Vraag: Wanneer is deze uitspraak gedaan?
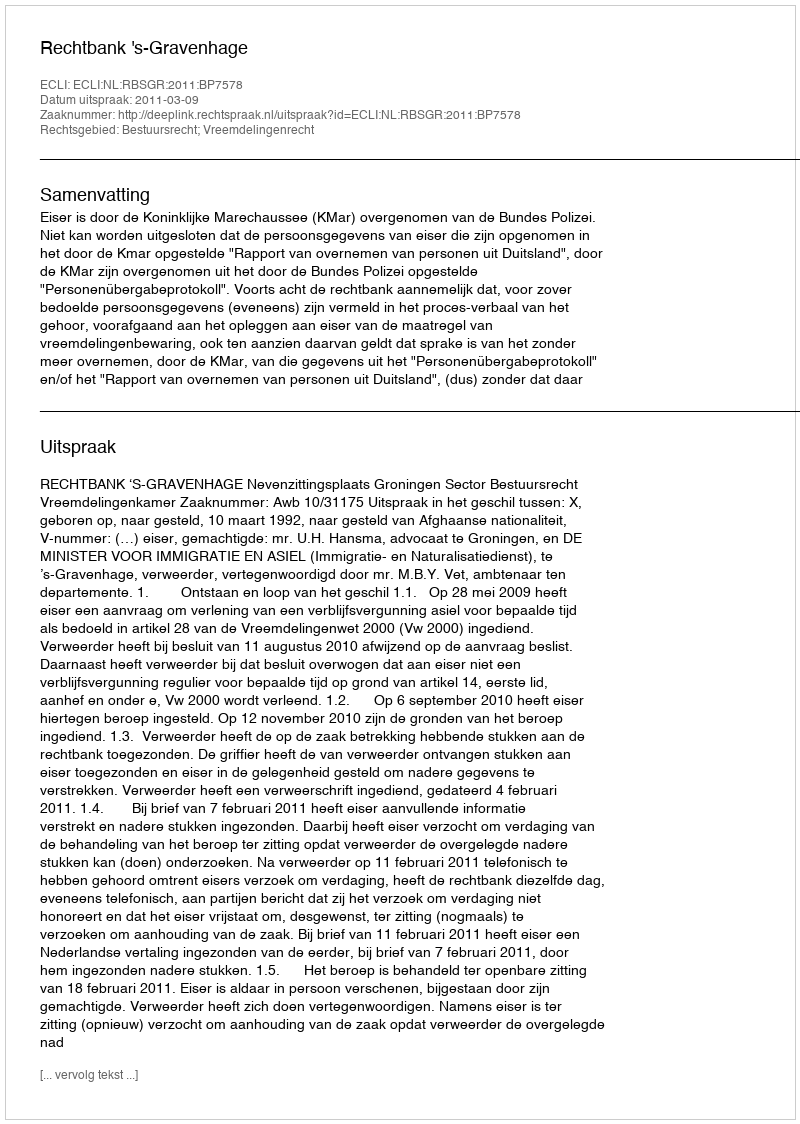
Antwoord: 2011-03-09